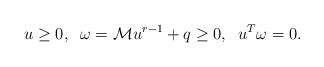
LaTeX: \begin{align*}u\geq 0,\;\; \omega =\mathcal{M}u^{r-1}+q \geq 0,\;\; u^T \omega= 0.\end{align*}